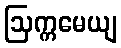
ဩက္ကမေယျ